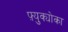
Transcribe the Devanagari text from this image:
फ़्युक्योका